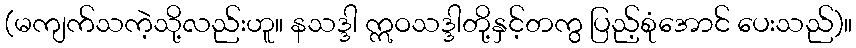
(မကျက်သကဲ့သို့လည်းဟူ။ နသဒ္ဒါ ဣဝသဒ္ဒါတို့နှင့်တကွ ပြည့်စုံအောင် ပေးသည်)။